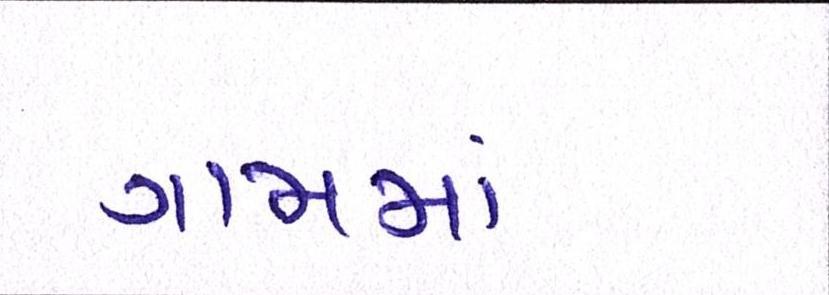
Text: ગામમા